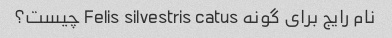
نام رایج برای گونه Felis silvestris catus چیست؟